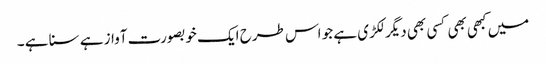
میں کبھی بھی کسی بھی دیگر لکڑی ہے جو اس طرح ایک خوبصورت آواز ہے سنا ہے ۔